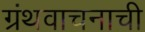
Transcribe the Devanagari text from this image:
ग्रंथवाचनाची